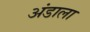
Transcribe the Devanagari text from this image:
अंडाला